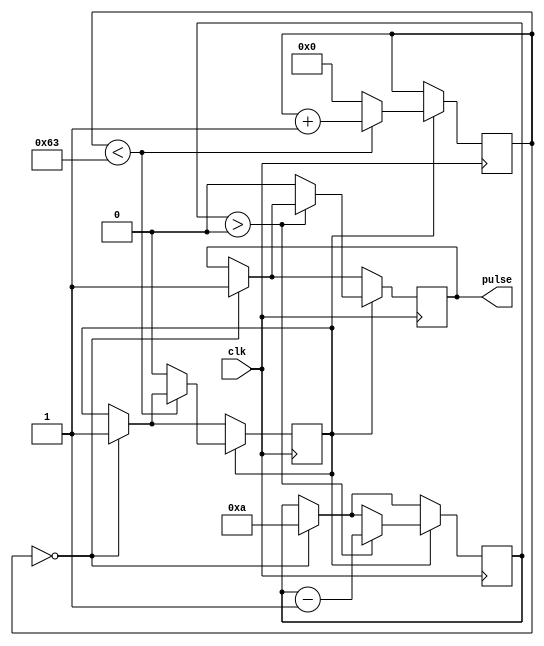
module pulse_generator (
  input clk,
  output reg pulse
);

reg [31:0] counter;
reg synch;
reg [31:0] delay_counter;
parameter pulse_width = 100; // desired pulse width
parameter delay = 10; // specified delay

always @(posedge clk)
begin
  if (counter == 0) begin
    synch <= 1; // align with rising edge of clock signal
    delay_counter <= delay; // add specified delay if needed
    pulse <= 1;
  end
  
  if (synch) begin
    if (delay_counter > 0) begin
      delay_counter <= delay_counter - 1;
    end else begin
      pulse <= 0;
    end

    if (counter < pulse_width - 1) begin
      counter <= counter + 1;
    end else begin
      counter <= 0;
      synch <= 0;
    end
  end
end

endmodule